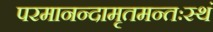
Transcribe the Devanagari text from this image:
परमानन्दामृतमन्तःस्थं